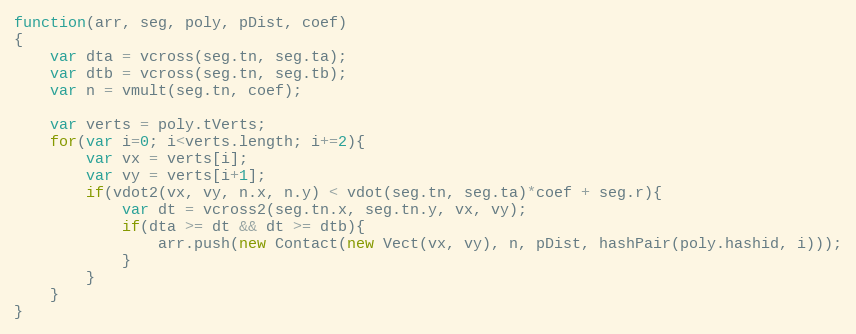
Language: JavaScript
function(arr, seg, poly, pDist, coef)
{
    var dta = vcross(seg.tn, seg.ta);
    var dtb = vcross(seg.tn, seg.tb);
    var n = vmult(seg.tn, coef);

    var verts = poly.tVerts;
    for(var i=0; i<verts.length; i+=2){
        var vx = verts[i];
        var vy = verts[i+1];
        if(vdot2(vx, vy, n.x, n.y) < vdot(seg.tn, seg.ta)*coef + seg.r){
            var dt = vcross2(seg.tn.x, seg.tn.y, vx, vy);
            if(dta >= dt && dt >= dtb){
                arr.push(new Contact(new Vect(vx, vy), n, pDist, hashPair(poly.hashid, i)));
            }
        }
    }
}